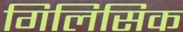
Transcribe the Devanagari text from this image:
गिलिसिक